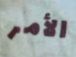
الأمر